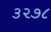
૩૨૭૮